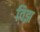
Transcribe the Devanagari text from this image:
विझ